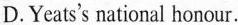
D.Yeats's national honour.